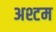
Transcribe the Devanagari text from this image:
अश्टम